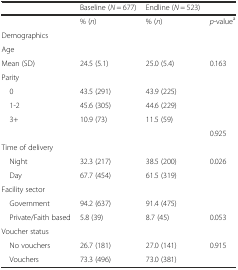
|  | Baseline (N = 677) | Endline (N = 523) |  |
 | --- | --- | --- | --- |
 |  | % (n) | % (n) | p-valuea |
 | <COLSPAN=4> Demographics |
 | Age |  |  |  |
 | Mean (SD) | 24.5 (5.1) | 25.0 (5.4) | 0.163 |
 | <COLSPAN=4> Parity |
 | 0 | 43.5 (291) | 43.9 (225) |  |
 | 1-2 | 45.6 (305) | 44.6 (229) |  |
 | 3+ | 10.9 (73) | 11.5 (59) |  |
 |  |  |  | 0.925 |
 | <COLSPAN=4> Time of delivery |
 | Night | 32.3 (217) | 38.5 (200) | 0.026 |
 | Day | 67.7 (454) | 61.5 (319) |  |
 | <COLSPAN=4> Facility sector |
 | Government | 94.2 (637) | 91.4 (475) |  |
 | Private/Faith based | 5.8 (39) | 8.7 (45) | 0.053 |
 | <COLSPAN=4> Voucher status |
 | No vouchers | 26.7 (181) | 27.0 (141) | 0.915 |
 | Vouchers | 73.3 (496) | 73.0 (381) |  |